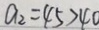
a _ { 2 } = 4 5 > 4 0